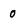
Character: 0